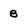
Character: 8